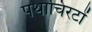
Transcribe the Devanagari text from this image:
पथाचिरटों